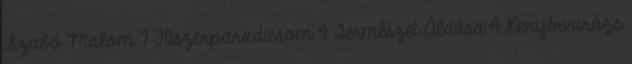
Szabó Malom 7 Fűszerparadicsom 4 Természet Áldása 4 Kenyérvarázs